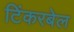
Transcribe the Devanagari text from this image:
टिंकरबेल